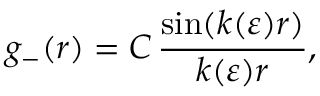
g _ { - } ( r ) = C \, \frac { \sin ( k ( \varepsilon ) r ) } { k ( \varepsilon ) r } ,